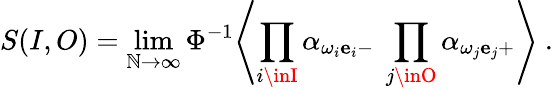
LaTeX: S(I,O)=\operatorname*{lim}_{\mathbb{N}\to\infty}\Phi^{-1}\Biggl\langle\prod_{i\inI}\alpha_{{\omega_{i}{\mathbf{e}}_{i}}-}\ \prod_{j\inO}\alpha_{{\omega_{j}{\mathbf{e}}_{j}}+}\Biggr\rangle\ .